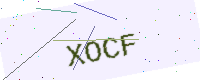
Text: XOCF